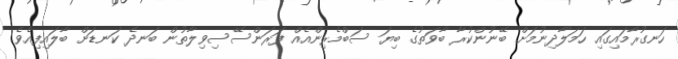
ހަނގުރާމައިގައި ހަމަލާދިނުމަށް ބޭނުންކުރާ ބާވަތުގެ ބިޔަ ސަބްމެރިންއެއް ފަރަންސޭސިވިލާތުން ބަނދެ ކަނޑަށް ބާލައިފިއެވެ.